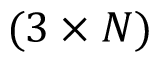
( 3 \times N )